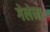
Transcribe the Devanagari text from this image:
गेलेना